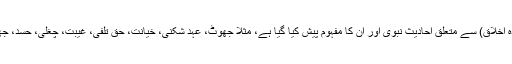
اس یونٹ میں بہت سے رزائل (ناپسندیدہ اخلاق) سے متعلق احادیث نبوی اور ان کا مفہوم پیش کیا گیا ہے، مثلاً جھوٹ، عہد شکنی، خیانت، حق تلفی، غیبت، چغلی، حسد، جھوٹی شہادت، رشوت اور خیانت وغیرہ۔